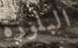
البلورة